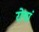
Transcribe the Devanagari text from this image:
रोयां